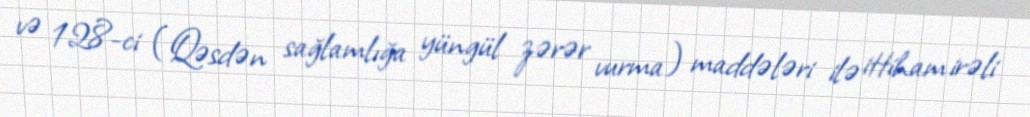
və 128-ci (Qəsdən sağlamlığa yüngül zərər vurma) maddələri ilə ittiham irəli